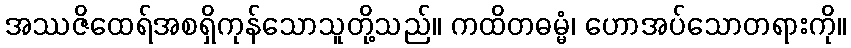
အဿဇိထေရ်အစရှိကုန်သောသူတို့သည်။ ကထိတဓမ္မံ၊ ဟောအပ်သောတရားကို။